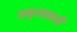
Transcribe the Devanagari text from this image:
प्रभुताशाली